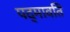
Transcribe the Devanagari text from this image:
पद्मावति